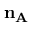
\mathbf { n _ { A } }